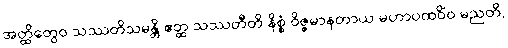
အတ္ထိတွေဝ သဿတိသမန္တိ ဧတ္ထ သဿတီတိ နိစ္စံ ဝိဇ္ဇမာနတာယ မဟာပထဝိံဝ မညတိ,